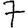
Digit: 7